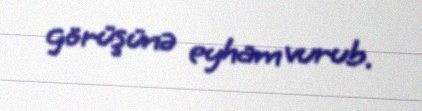
görüşünə eyham vurub.